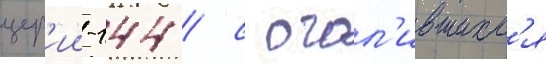
цер'ии-144 / с огол'ившихс'я